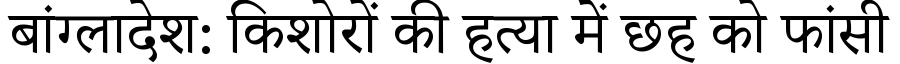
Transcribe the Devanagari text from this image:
बांग्लादेश: किशोरों की हत्या में छह को फांसी